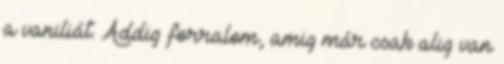
a vaniliát. Addig forralom, amig már csak alig van